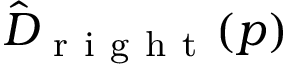
\hat { D } _ { \mathrm { ~ r ~ i ~ g ~ h ~ t ~ } } ( p )